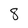
Character: 8